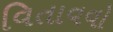
વિતાવવો